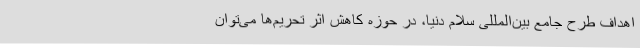
اهداف طرح جامع بین‌المللی سلام دنیا، در حوزه کاهش اثر تحریم‌ها می‌توان